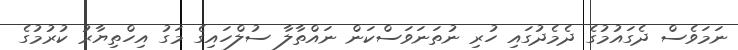
ނަމަވެސް ދެގައުމުގެ ދެމެދުގައި ހުރި ނުތަނަވަސްކަން ނައްތާލާ ސުލްހައިގެ މަގު އިހްތިޔާރު ކުރުމުގެ